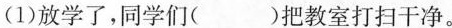
(1)放学了，同学们（）把教室打扫干净。